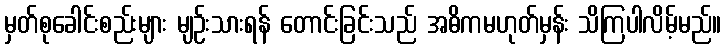
မှတ်စုခေါင်းစည်းများ မျဉ်းသားရန် တောင်းခြင်းသည် အဓိကမဟုတ်မှန်း သိကြပါလိမ့်မည်။